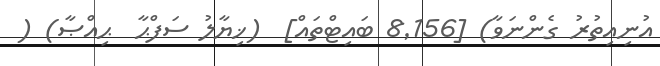
އުނިއިތުރު ގެންނަވާ) [8